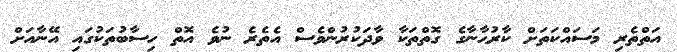
އަތްތެރި މަސައްކަތަށް ކާރުޙާނާގެ ގޮތްތަކާ ވާދަކުރުންވެސް އެތެރެ ނުވެ އޮތް ހިސާބުތަކުގައި އޭނާއަށް